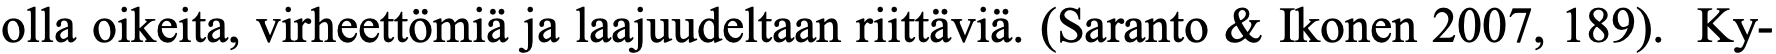
olla oikeita, virheettömiä ja laajuudeltaan riittäviä. (Saranto & Ikonen 2007, 189). Ky-